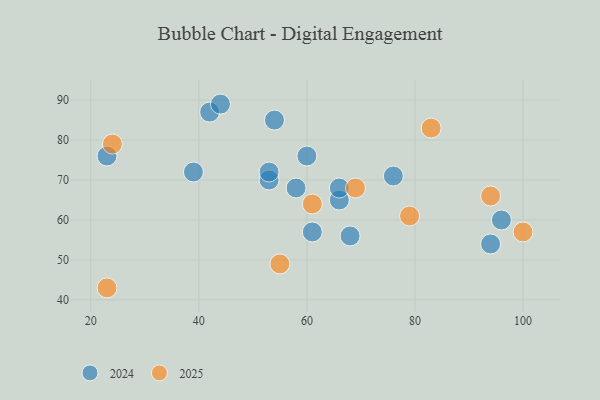
{"axis": {"x": "GDP", "y": "Life Expectancy"}, "legend": ["2024", "2025"], "data": [{"x": "76", "y": 71, "type": "2024"}, {"x": "39", "y": 72, "type": "2024"}, {"x": "96", "y": 60, "type": "2024"}, {"x": "42", "y": 87, "type": "2024"}, {"x": "68", "y": 56, "type": "2024"}, {"x": "66", "y": 65, "type": "2024"}, {"x": "94", "y": 54, "type": "2024"}, {"x": "54", "y": 85, "type": "2024"}, {"x": "61", "y": 57, "type": "2024"}, {"x": "44", "y": 89, "type": "2024"}, {"x": "53", "y": 70, "type": "2024"}, {"x": "53", "y": 72, "type": "2024"}, {"x": "23", "y": 76, "type": "2024"}, {"x": "66", "y": 68, "type": "2024"}, {"x": "60", "y": 76, "type": "2024"}, {"x": "58", "y": 68, "type": "2024"}, {"x": "83", "y": 83, "type": "2025"}, {"x": "24", "y": 79, "type": "2025"}, {"x": "61", "y": 64, "type": "2025"}, {"x": "23", "y": 43, "type": "2025"}, {"x": "94", "y": 66, "type": "2025"}, {"x": "79", "y": 61, "type": "2025"}, {"x": "100", "y": 57, "type": "2025"}, {"x": "55", "y": 49, "type": "2025"}, {"x": "69", "y": 68, "type": "2025"}]}